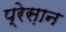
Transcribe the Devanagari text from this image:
प्रेस़ान